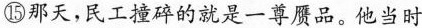
⑮那天，民工撞碎的就是一尊赝品。他当时